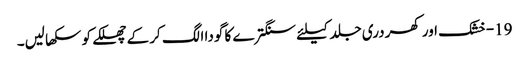
19-خشک اور کھردری جلد کیلئے سنگترے کا گودا الگ کر کے چھلکے کو سکھا لیں۔